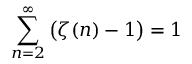
\sum _ { n = 2 } ^ { \infty } { \bigl ( } \zeta ( n ) - 1 { \bigr ) } = 1